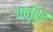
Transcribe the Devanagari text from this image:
कर्तृपुर